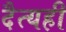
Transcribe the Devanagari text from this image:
दैत्यही